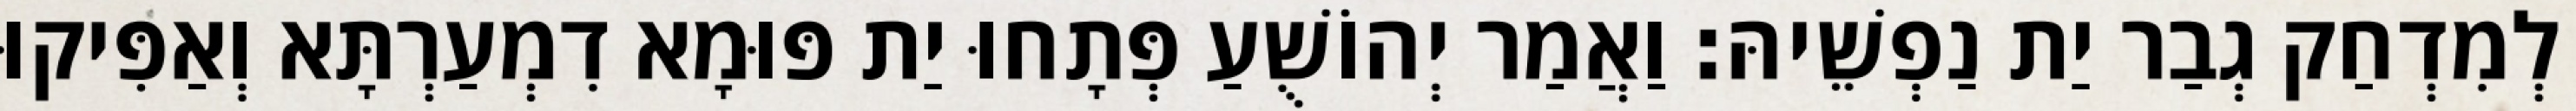
לְמִדְחַק גְבַר יַת נַפְשֵׁיהּ׃ וַאֲמַר יְהוֹשֻׁעַ פְּתָחוּ יַת פּוּמָא דִמְעַרְתָּא וְאַפִּיקוּ